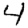
Digit: 4